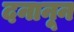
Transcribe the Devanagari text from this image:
दनानून